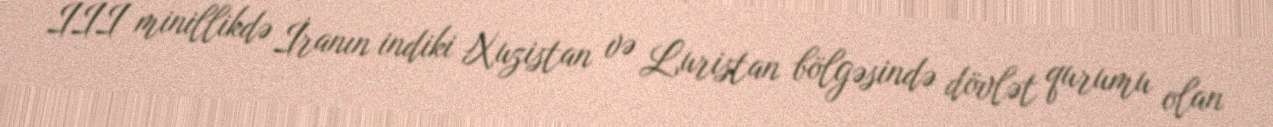
III minillikdə İranın indiki Xuzistan və Luristan bölgəsində dövlət qurumu olan